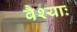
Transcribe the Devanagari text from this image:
वैश्याः